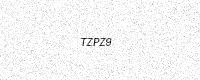
Text: TZPZ9